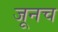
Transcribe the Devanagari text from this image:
जूनच